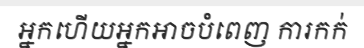
អ្នកហើយអ្នកអាចបំពេញ ការកក់